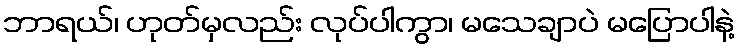
ဘာရယ်၊ ဟုတ်မှလည်း လုပ်ပါကွာ၊ မသေချာပဲ မပြောပါနဲ့